Leningradi_Edasi_toimetus, lk 65
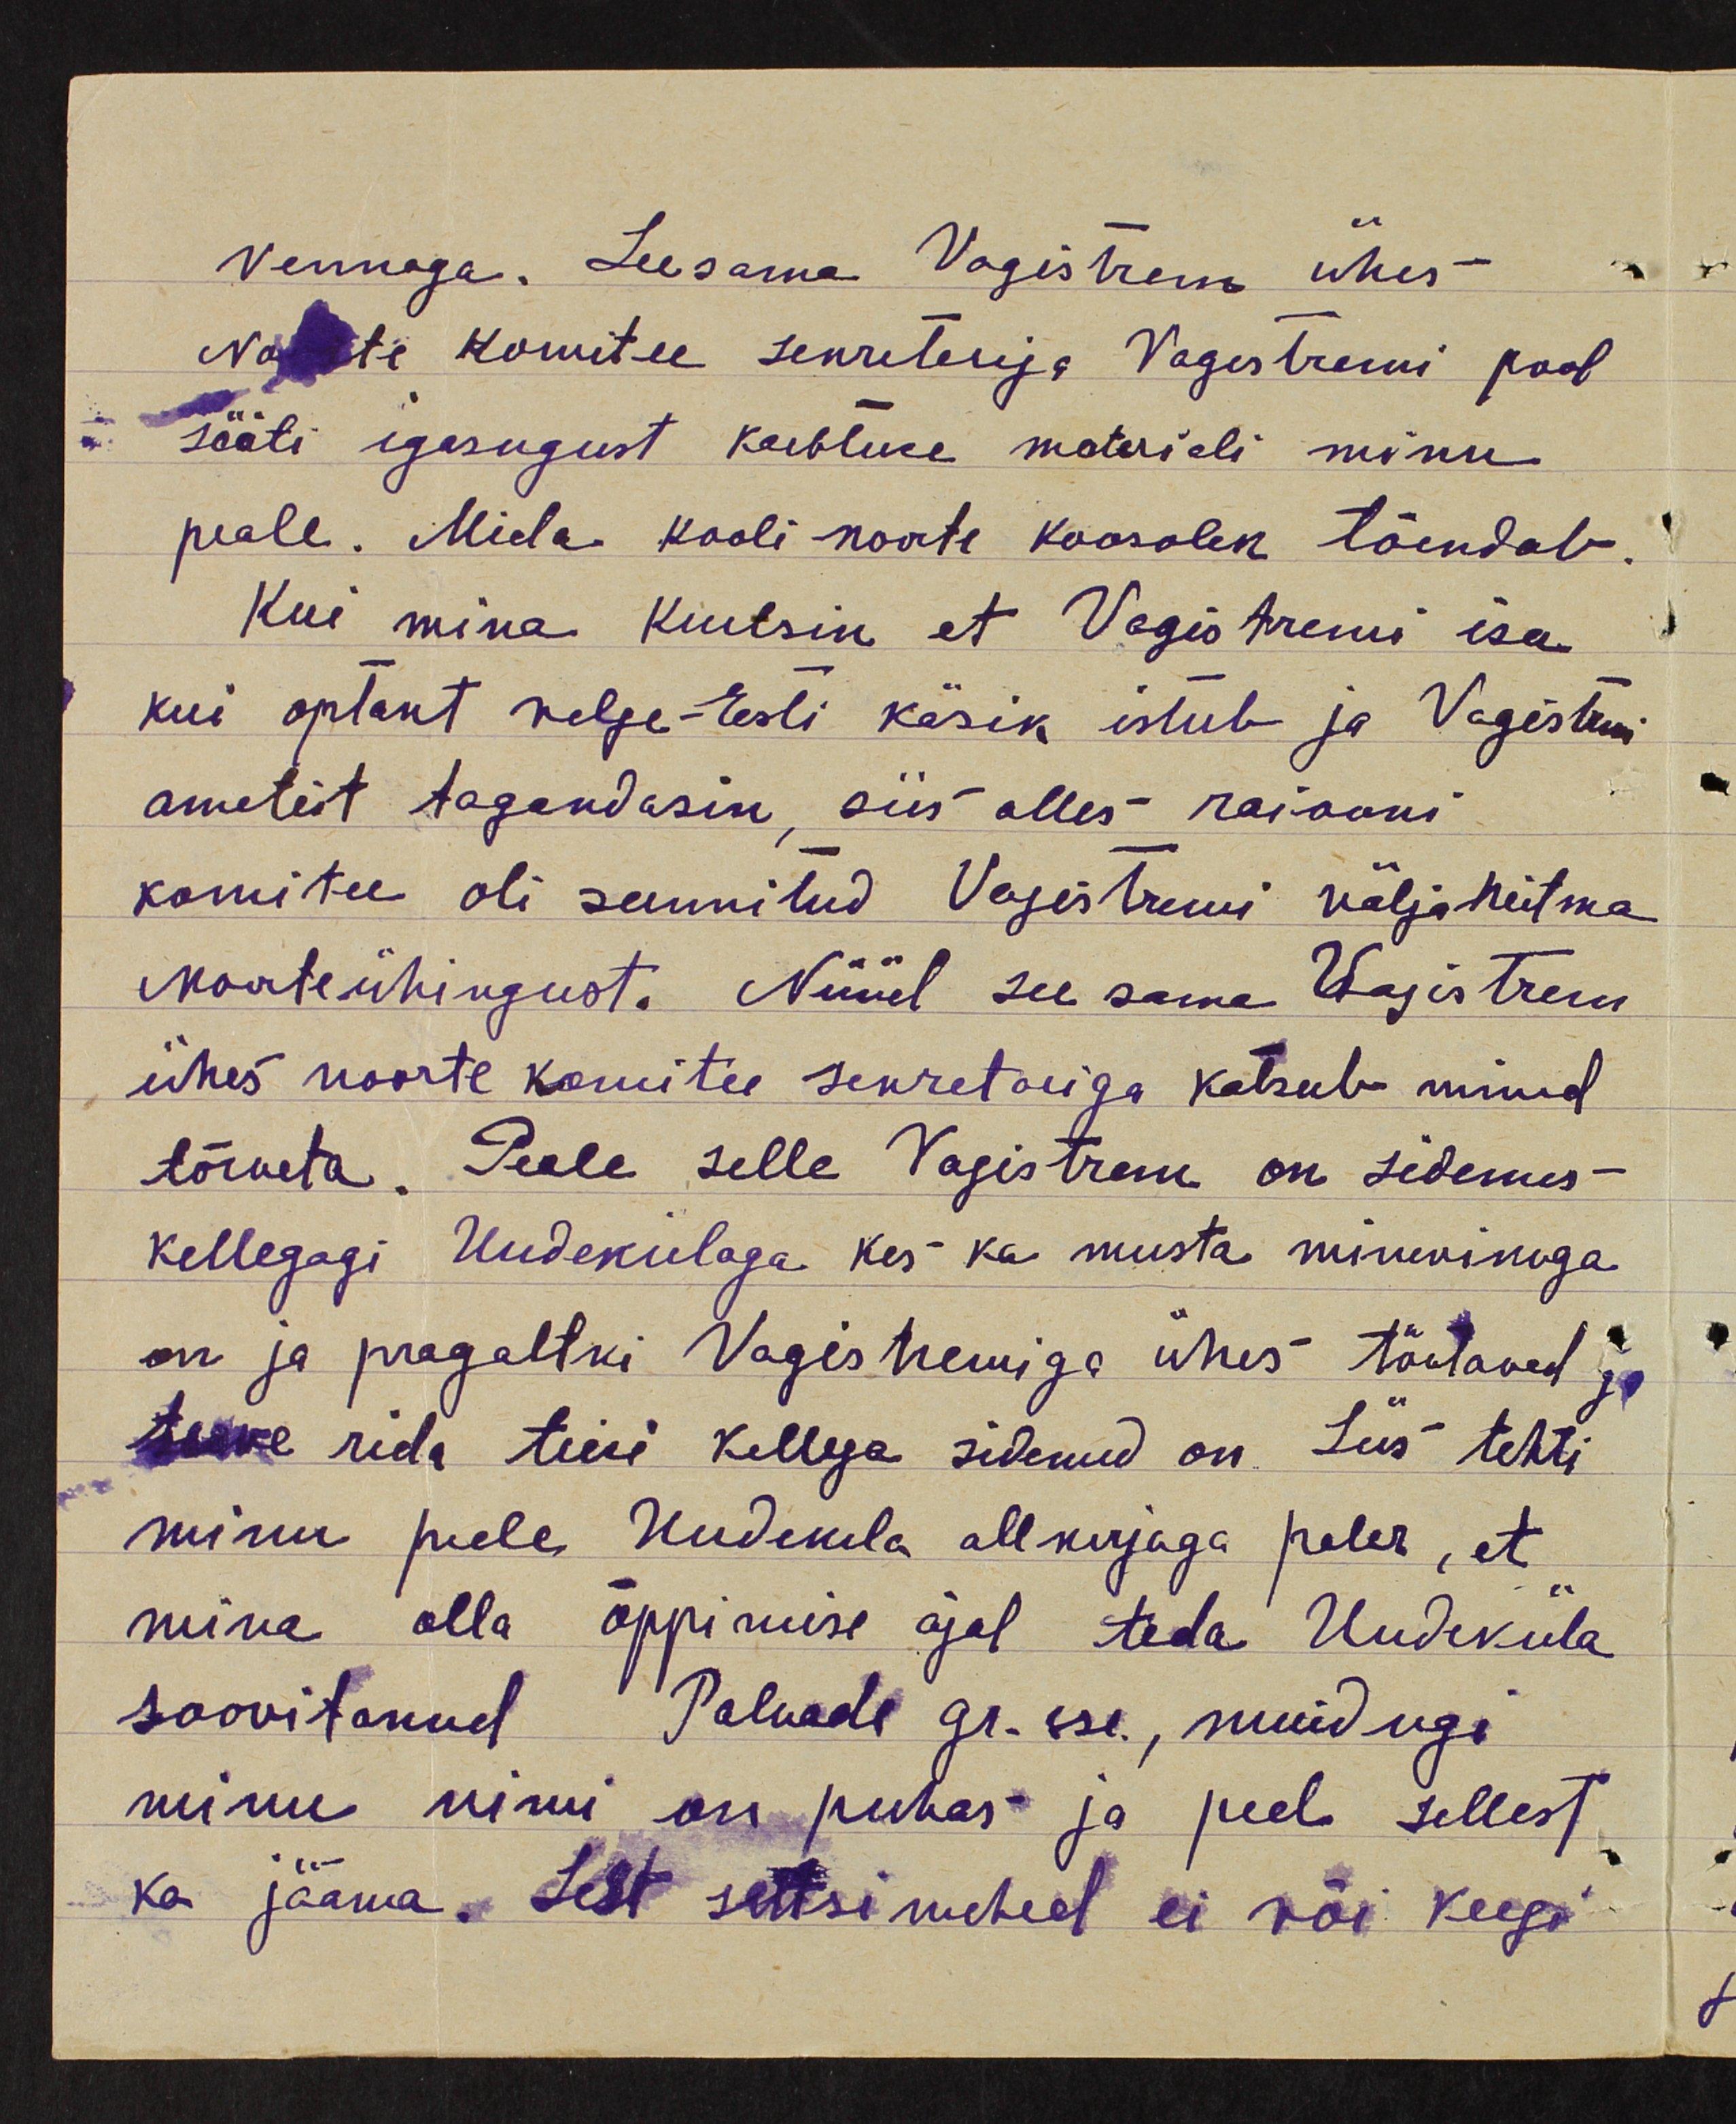
vennaga. Seesama Vagistrem ühes
Naiste komitee sekretariga Vagestremi pool
sööti igasugust kaebluse materiali minu
peale. Mida kooli noore koosolek tõendab,
Kui mina kuulsin et Vagistremi isa
kui optant valge-Eesti käsik istub ja Vagestremi
ametest tagandasin, siis alles raiooni
komitee oli sunnitud Vajestremi välja heitma
Noorteühingust. Nüül see sama Vagistrem
ühes noorte komitee sekretaniga katsub mind
tõrvata. Peale selle Vagistrem on sidemes
kellegagi Uudekülaga kes ka musta minuvikuga
on ja pragaltki Vagistremiga ühes töetavad ja
terve rida teisi kellega sidemed on. Siis tehti
minu peale Uudekila allkirjaga paler, et
mina olla õppimise ajal teda Uudeküla
soovitanud Palvade gr-sse, muidugi
minu nimi on puhas ja peab sellest
ka jääma. Sest seltsimehed ei või keegi